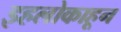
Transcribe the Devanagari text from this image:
इहलोकाहून